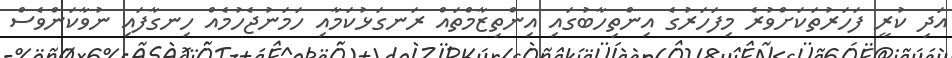
އަދި ކުރީ ފަހަރުތަކަށްވުރެ މިފަހަރުގެ އިންތިހާބުގައި އިންތިޒާމްތައް ރަނގަޅުކަމާއި ހަމަނުޖެހުމެއް ހިނގާފައި ނުވާކަންވެސް